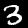
Digit: 3